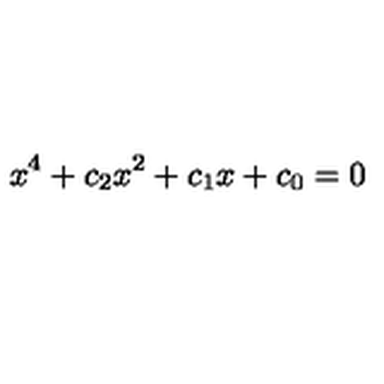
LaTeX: x ^ { 4 } + c _ { 2 } x ^ { 2 } + c _ { 1 } x + c _ { 0 } = 0